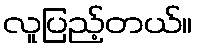
လူပြည့်တယ်။